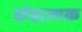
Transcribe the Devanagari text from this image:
छंदात्मक